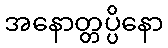
အနောတ္တပ္ပိနော